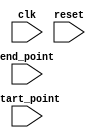
module dynamic_range_for_loop(
  input wire [31:0] start_point,
  input wire [31:0] end_point,
  input wire clk,
  input wire reset
);

  reg [31:0] counter;

  always @(posedge clk or posedge reset) begin
    if (reset) begin
      counter <= start_point;
    end else begin
      if (counter < end_point) begin
        counter <= counter + 1;
      end else begin
        counter <= start_point;
      end
    end
  end

endmodule